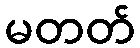
မတတ်